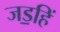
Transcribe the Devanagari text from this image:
जड॒हिं